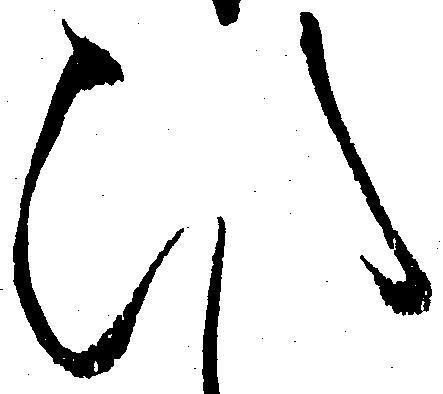
ひ